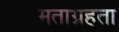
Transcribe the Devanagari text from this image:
मताग्रहता